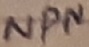
Text: NPN